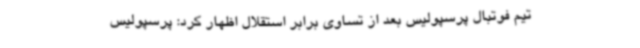
تیم فوتبال پرسپولیس بعد از تساوی برابر استقلال اظهار کرد:‌ پرسپولیس